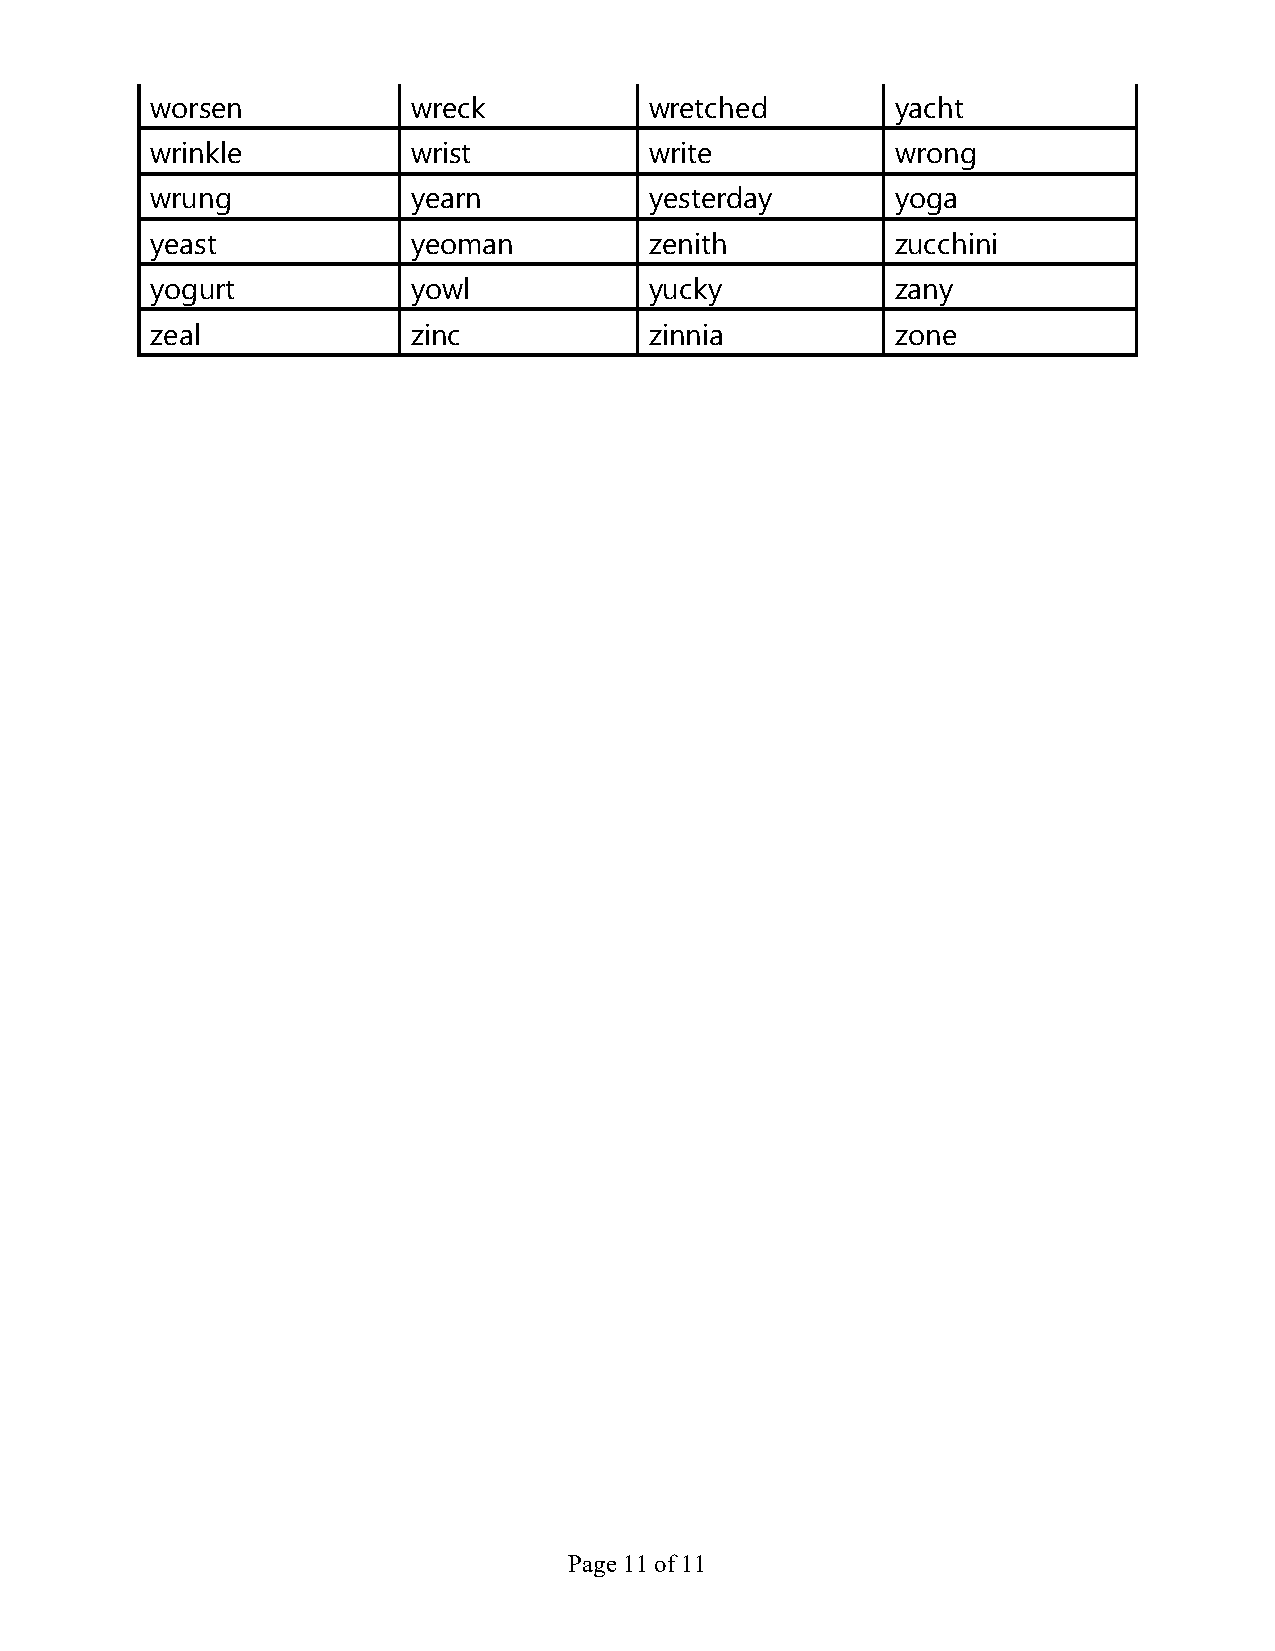
worsen           wreck           wretched        yacht
 wrinkle          wrist           write           wrong
 wrung            yearn           yesterday       yoga
 yeast            yeoman          zenith          zucchini
 yogurt           yowl            yucky           zany
 zeal             zinc            zinnia          zone
 Page 11 of 11